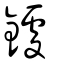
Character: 鐻